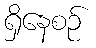
ရှိနေစဉ်